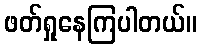
ဖတ်ရှုနေကြပါတယ်။